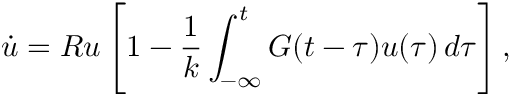
\dot { u } = R u \left[ 1 - { \frac { 1 } { k } } \int _ { - \infty } ^ { t } G ( t - \tau ) u ( \tau ) \, d \tau \right] ,